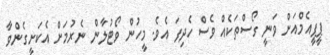
ޕީޕީއެމްއަށް ވަނީ ގޯސްތަކެއް ވެސް ހެދިފަ އެވެ. މީހުން ވޯޓުލާން ނެރުމަށް އެކަށީގެންވާ